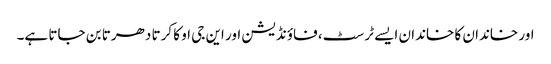
اور خاندان کا خاندان ایسے ٹرسٹ، فاؤنڈیشن اور این جی او کا کرتا دھرتا بن جاتا ہے۔